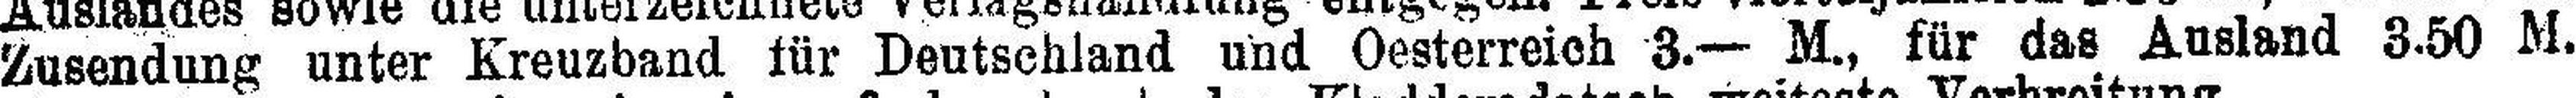
Zusendung unter Kreuzband für Deutschland und Oesterreich 3.— M., für das Ausland 3.50 M.